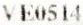
VE0514